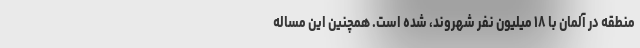
منطقه در آلمان با ۱۸ میلیون نفر شهروند، شده است. همچنین این مساله